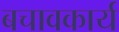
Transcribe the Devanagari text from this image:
बचावकार्य